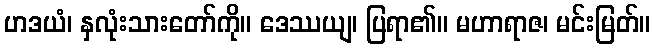
ဟဒယံ၊ နှလုံးသားတော်ကို။ ဒေဿယျ၊ ပြရာ၏။ မဟာရာဇ၊ မင်းမြတ်။